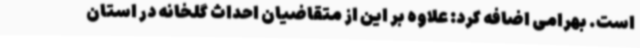
است. بهرامی اضافه کرد: علاوه بر این از متقاضیان احداث گلخانه در استان